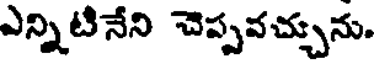
ఎన్నిటినేని చెప్పవచ్చును.